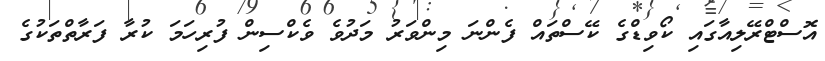
އޮސްޓްރޭލިއާގައި ކޯވިޑްގެ ކޭސްތައް ފެންނަ މިންވަރު މަދުވެ ވެކްސިން ފުރިހަމަ ކުރާ ފަރާތްތަކުގެ